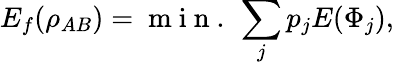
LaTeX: E_{f}(\rho_{AB})=\mathrm{~m~i~n~.~}\sum_{j}p_{j}E(\Phi_{j}),